Indian journal of veterinary science and animal husbandry - Volume 4,
Year: 1934
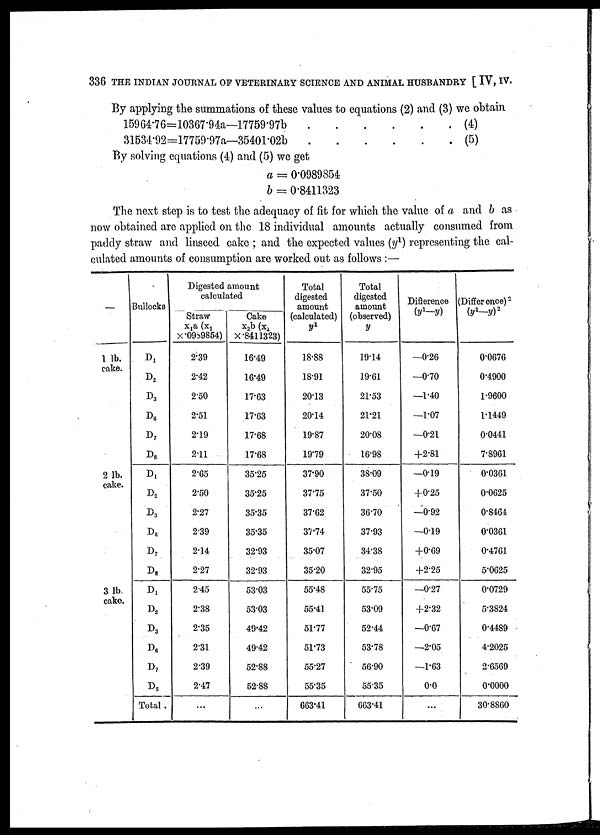
336 THE INDIAN JOURNAL OP VETERINARY SCIENCE AND ANIMAL HUSBANDRY [ IV, IV.
By applying the summations of these values to equations (2) and (3) we obtain
15964.76=10367.94a—17759.97b . . . . . . (4)
31534.92=17759.97a—35401.02b . . . . . . (5)
By solving equations (4) and (5) we get
a = 0.0989854
b = 0.8411323
The next step is to test the adequacy of fit for which the value of a and b as
now obtained are applied on the 18 individual amounts actually consumed from
paddy straw and linseed cake ; and the expected values (y 1 ) representing the cal-
culated amounts of consumption are worked out as follows :—
_
1 lb.
cake.
2 lb.
cake.
3 lb
cake.
Bullocks
D 1
D 2
D 3
D 6
D 7
D 8
D 1
D 2
D 3
D 6
D 7
D 8
D1
D 2
D 3
D 6
D 7
D 8
Total .
Digested amount
calculated
Straw
x 1 a ( x 1
X.0989854) 2.39
2.42
2.50
2.51
2.19
2.11
2.65
2.50
2.27
2.39
2.14
2.27
2.45
2.38
2.35
2.31
2.39
2.47
...
Cake
x 2 b (x 2
×.8411323)
16.49
16.49
17.63
17.63
17.68
17.68
35.25
35.25
35.35
35.35
32.93
32.93
53.03
53.03
49.42
49.42
52.88
52.88
...
Total
digested
amount
(calculated)
y 1
18.88
18.91
20.13
20.14
19.87
19.79
37.90
37.75
37.62
37.74
35.07
35.20
55.48
55.41
51.77
51.73
55.27
55.35
663.41
Total
digested
amount
(observed)
y
19.14
19.61
21.53
21.21
20.08
16.98
38.09
37.50
36.70
37.93
34.38
32.95
55.75
53.09
52.44
53.78
56.90
55.35
663.41
Difference
(y 1 —y)
—0.26
—0.70
—1.40
—1.07
—0.21
+2.81
—0.19
+0.25
—0.92
—0.19
+0.69
+2.25
—0.27
+2.32
—0.67
—2.05
—1.63
0.0
...
(Difference) 2
(y 1 —y) 2
0.0676
0.4900
1.9600
1.1449
0.0441
7.8961
0.0361
0.0625
0.8464
0.0361
0.4761
5.0625
0.0729
5.3824
0.4489
4.2025
2.6569
0.0000
30.8860